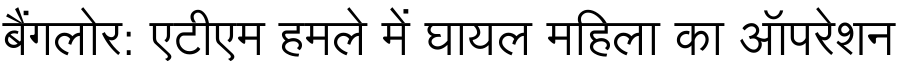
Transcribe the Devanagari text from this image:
बैंगलोर: एटीएम हमले में घायल महिला का ऑपरेशन